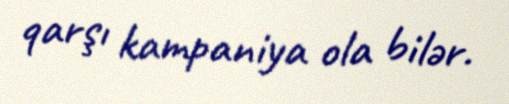
qarşı kampaniya ola bilər.